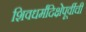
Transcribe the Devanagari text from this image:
शिवधर्मदिक्षेपूर्वीची